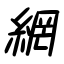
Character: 網